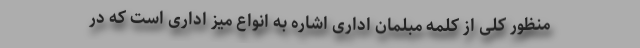
منظور کلی از کلمه مبلمان اداری اشاره به انواع میز اداری است که در